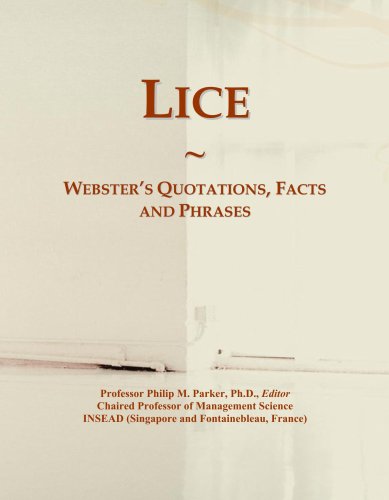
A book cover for Lice: Webster's Quotations, Facts and Phrases; Philip M. Parker; Health, Fitness & Dieting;